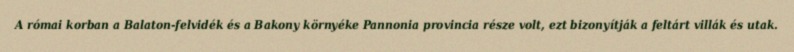
A római korban a Balaton-felvidék és a Bakony környéke Pannonia provincia része volt, ezt bizonyítják a feltárt villák és utak.